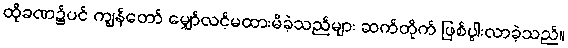
ထိုခဏ၌ပင် ကျွန်တော် မျှော်လင့်မထားမိခဲ့သည်များ ဆက်တိုက် ဖြစ်ပွါးလာခဲ့သည်။